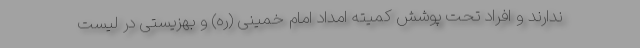
ندارند و افراد تحت پوشش کمیته امداد امام خمینی (ره) و بهزیستی در لیست